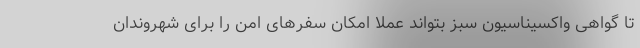
تا گواهی واکسیناسیون سبز بتواند عملا امکان سفرهای امن را برای شهروندان